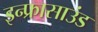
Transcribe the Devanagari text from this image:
इन्फ्रासाउंड